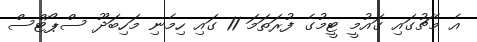
އެ މެޗުގައި ގައުމީ ޓީމުގެ ފުރަތަމަ 11 ގައި ހިމެނި މަހިބަދޫ ސްޕޯޓްސް